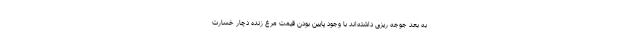
به بعد جوجه ریزی داشته‌اند با وجود پایین بودن قیمت مرغ زنده دچار خسارت